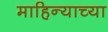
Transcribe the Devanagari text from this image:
माहिन्याच्या